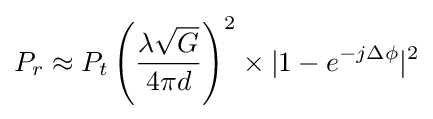
P_{r}\approx P_{t}\left({\frac {\lambda {\sqrt {G}}}{4\pi d}}\right)^{2}\times |1-e^{-j\Delta \phi }|^{2}